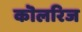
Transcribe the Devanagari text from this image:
कॊलरिज